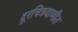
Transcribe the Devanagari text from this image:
दूरचित्रवाणीत